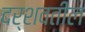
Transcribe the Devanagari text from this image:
दर्शवतील